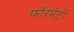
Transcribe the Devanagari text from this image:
फॉरमेटों